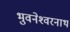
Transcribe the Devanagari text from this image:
भुवनेश्‍वरनाथ